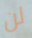
لن